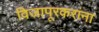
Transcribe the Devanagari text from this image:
विजापूरकरांना